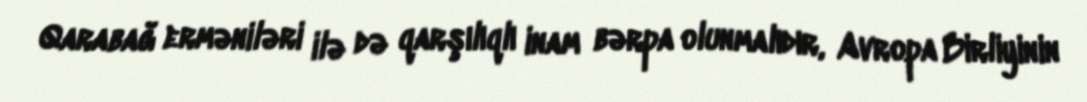
Qarabağ erməniləri ilə də qarşılıqlı inam bərpa olunmalıdır, Avropa Birliyinin